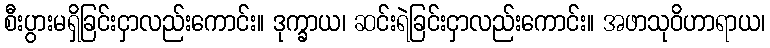
စီးပွားမရှိခြင်းငှာလည်းကောင်း။ ဒုက္ခာယ၊ ဆင်းရဲခြင်းငှာလည်းကောင်း။ အဖာသုဝိဟာရာယ၊